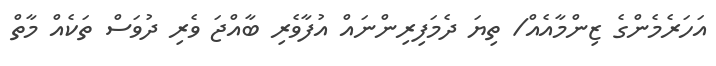
އަހަރެމެންގެ ޒިންމާއެއް/ ތިޔަ ދެމަފިރިންނައް އުފާވެރި ބާއްޖަ ވެރި ދުވަސް ތަކެއް މާތް